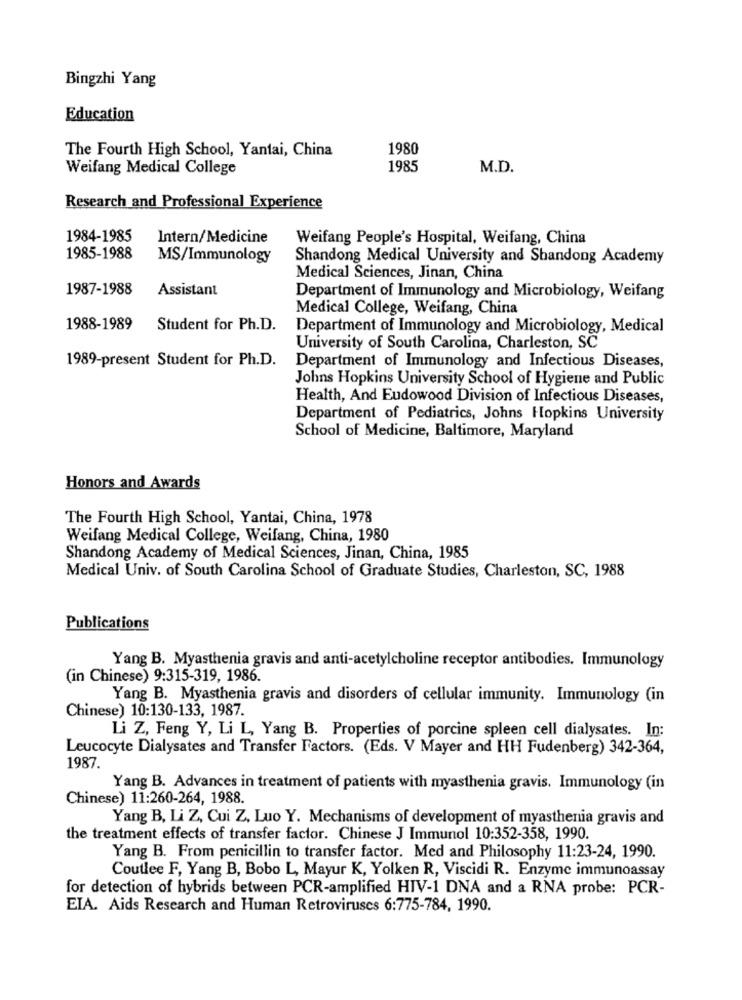
Bingzhi Yang
Education
The Fourth High School, Yantai, China
1980
Weifang Medical College
1985
M.D.
Research and Professional Experience
1984-1985
Intern/Medicine
Weifang People's Hospital, Weifang, China
1985-1988
MS/Immunology
Shandong Medical University and Shandong Academy
Medical Sciences, Jinan, China
1987-1988
Assistant
Department of Immunology and Microbiology, Weifang
Medical College, Weifang, China
1988-1989
Student for Ph.D.
Department of Immunology and Microbiology, Medical
University of South Carolina, Charleston, SC
1989-present Student for Ph.D.
Department of Immunology and Infectious Diseases,
Johns Hopkins University School of Hygiene and Public
Health, And Eudowood Division of Infectious Diseases,
Department of Pediatrics, Johns Hopkins University
School of Medicine, Baltimore, Maryland
Honors and Awards
The Fourth High School, Yantai, China, 1978
Weifang Medical College, Weifang, China, 1980
Shandong Academy of Medical Sciences, Jinan, China, 1985
Medical Univ. of South Carolina School of Graduate Studies, Charleston, SC, 1988
Publications
Yang B. Myasthenia gravis and anti-acetylcholine receptor antibodies. Immunology
(in Chinese) 9:315-319, 1986.
Yang B. Myasthenia gravis and disorders of cellular immunity. Immunology (in
Chinese) 10:130-133, 1987.
Li Z, Feng Y, Li L, Yang B. Properties of porcine spleen cell dialysates. In:
Leucocyte Dialysates and Transfer Factors. (Eds. V Mayer and HH Fudenberg) 342-364,
1987.
Yang B. Advances in treatment of patients with myasthenia gravis. Immunology (in
Chinese) 11:260-264, 1988.
Yang B, Li Z, Cui Z, Luo Y. Mechanisms of development of myasthenia gravis and
the treatment effects of transfer factor. Chinese J Immunol 10:352-358, 1990.
Yang B. From penicillin to transfer factor. Med and Philosophy 11:23-24, 1990.
Coutlee F, Yang B, Bobo L, Mayur K, Yolken R, Viscidi R. Enzyme immunoassay
for detection of hybrids between PCR-amplified HIV-1 DNA and a RNA probe: PCR-
EIA. Aids Research and Human Retroviruses 6:775-784, 1990.